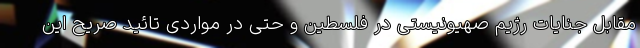
مقابل جنایات رژیم صهیونیستی در فلسطین و حتی در مواردی تائید صریح این